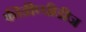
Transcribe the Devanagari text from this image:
फीडीप्पीडीज